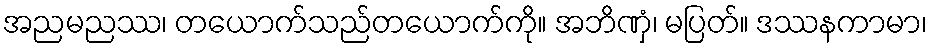
အညမညဿ၊ တယောက်သည်တယောက်ကို။ အဘိဏှံ၊ မပြတ်။ ဒဿနကာမာ၊